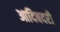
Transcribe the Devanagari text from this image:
आदिबदरी